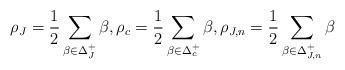
LaTeX: \begin{align*}\rho_{J}=\frac{1}{2}\sum_{\beta\in \Delta^+_J}\beta,\rho_c=\frac{1}{2}\sum_{\beta\in \Delta^+_c}\beta,\rho_{J,n}=\frac{1}{2}\sum_{\beta\in \Delta^+_{J,n}}\beta\end{align*}